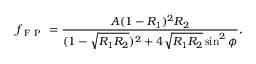
f _ { \mathrm { ~ F ~ P ~ } } = \frac { A ( 1 - R _ { 1 } ) ^ { 2 } R _ { 2 } } { ( 1 - \sqrt { R _ { 1 } R _ { 2 } } ) ^ { 2 } + 4 \sqrt { R _ { 1 } R _ { 2 } } \sin ^ { 2 } { \phi } } ,